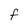
Character: f